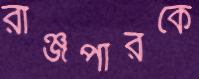
রাঞ্জপারকে